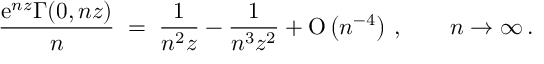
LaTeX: \frac { \mathrm { e } ^ { n z } \Gamma ( 0 , n z ) } { n } \; = \; \frac { 1 } { n ^ { 2 } z } - \frac { 1 } { n ^ { 3 } z ^ { 2 } } + \mathrm { O } \left( n ^ { - 4 } \right) \, , \qquad n \to \infty \, .